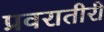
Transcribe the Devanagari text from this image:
प्रवरातीरी